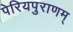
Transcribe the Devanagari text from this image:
पेरियपुराणम्